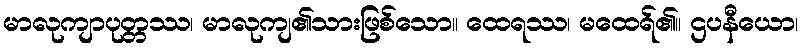
မာလုကျာပုတ္တဿ၊ မာလုကျ၏သားဖြစ်သော။ ထေရဿ၊ မထေရ်၏။ ဌပနီယော၊